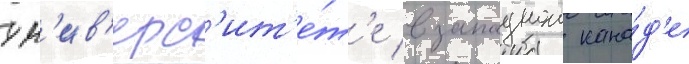
ун'ив'ерс'ит'е́т'е в западнои кана́д'е